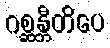
ဂစ္ဆန္တီတိပေ